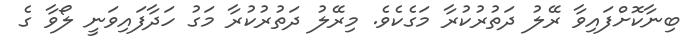
ބިނާކޮށްފައިވާ ރޭލު ދަތުރުކުރާ މަގެކެވެ. މިރޭލު ދަތުރުކުރާ މަގު ހަދާފައިވަނީ ލޯވާ ގެ